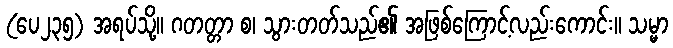
(ပေ၂၃၅) အရပ်သို့။ ဂတတ္တာ စ၊ သွားတတ်သည်၏ အဖြစ်ကြောင့်လည်းကောင်း။ သမ္မာ